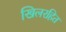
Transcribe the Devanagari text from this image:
खिलरहित